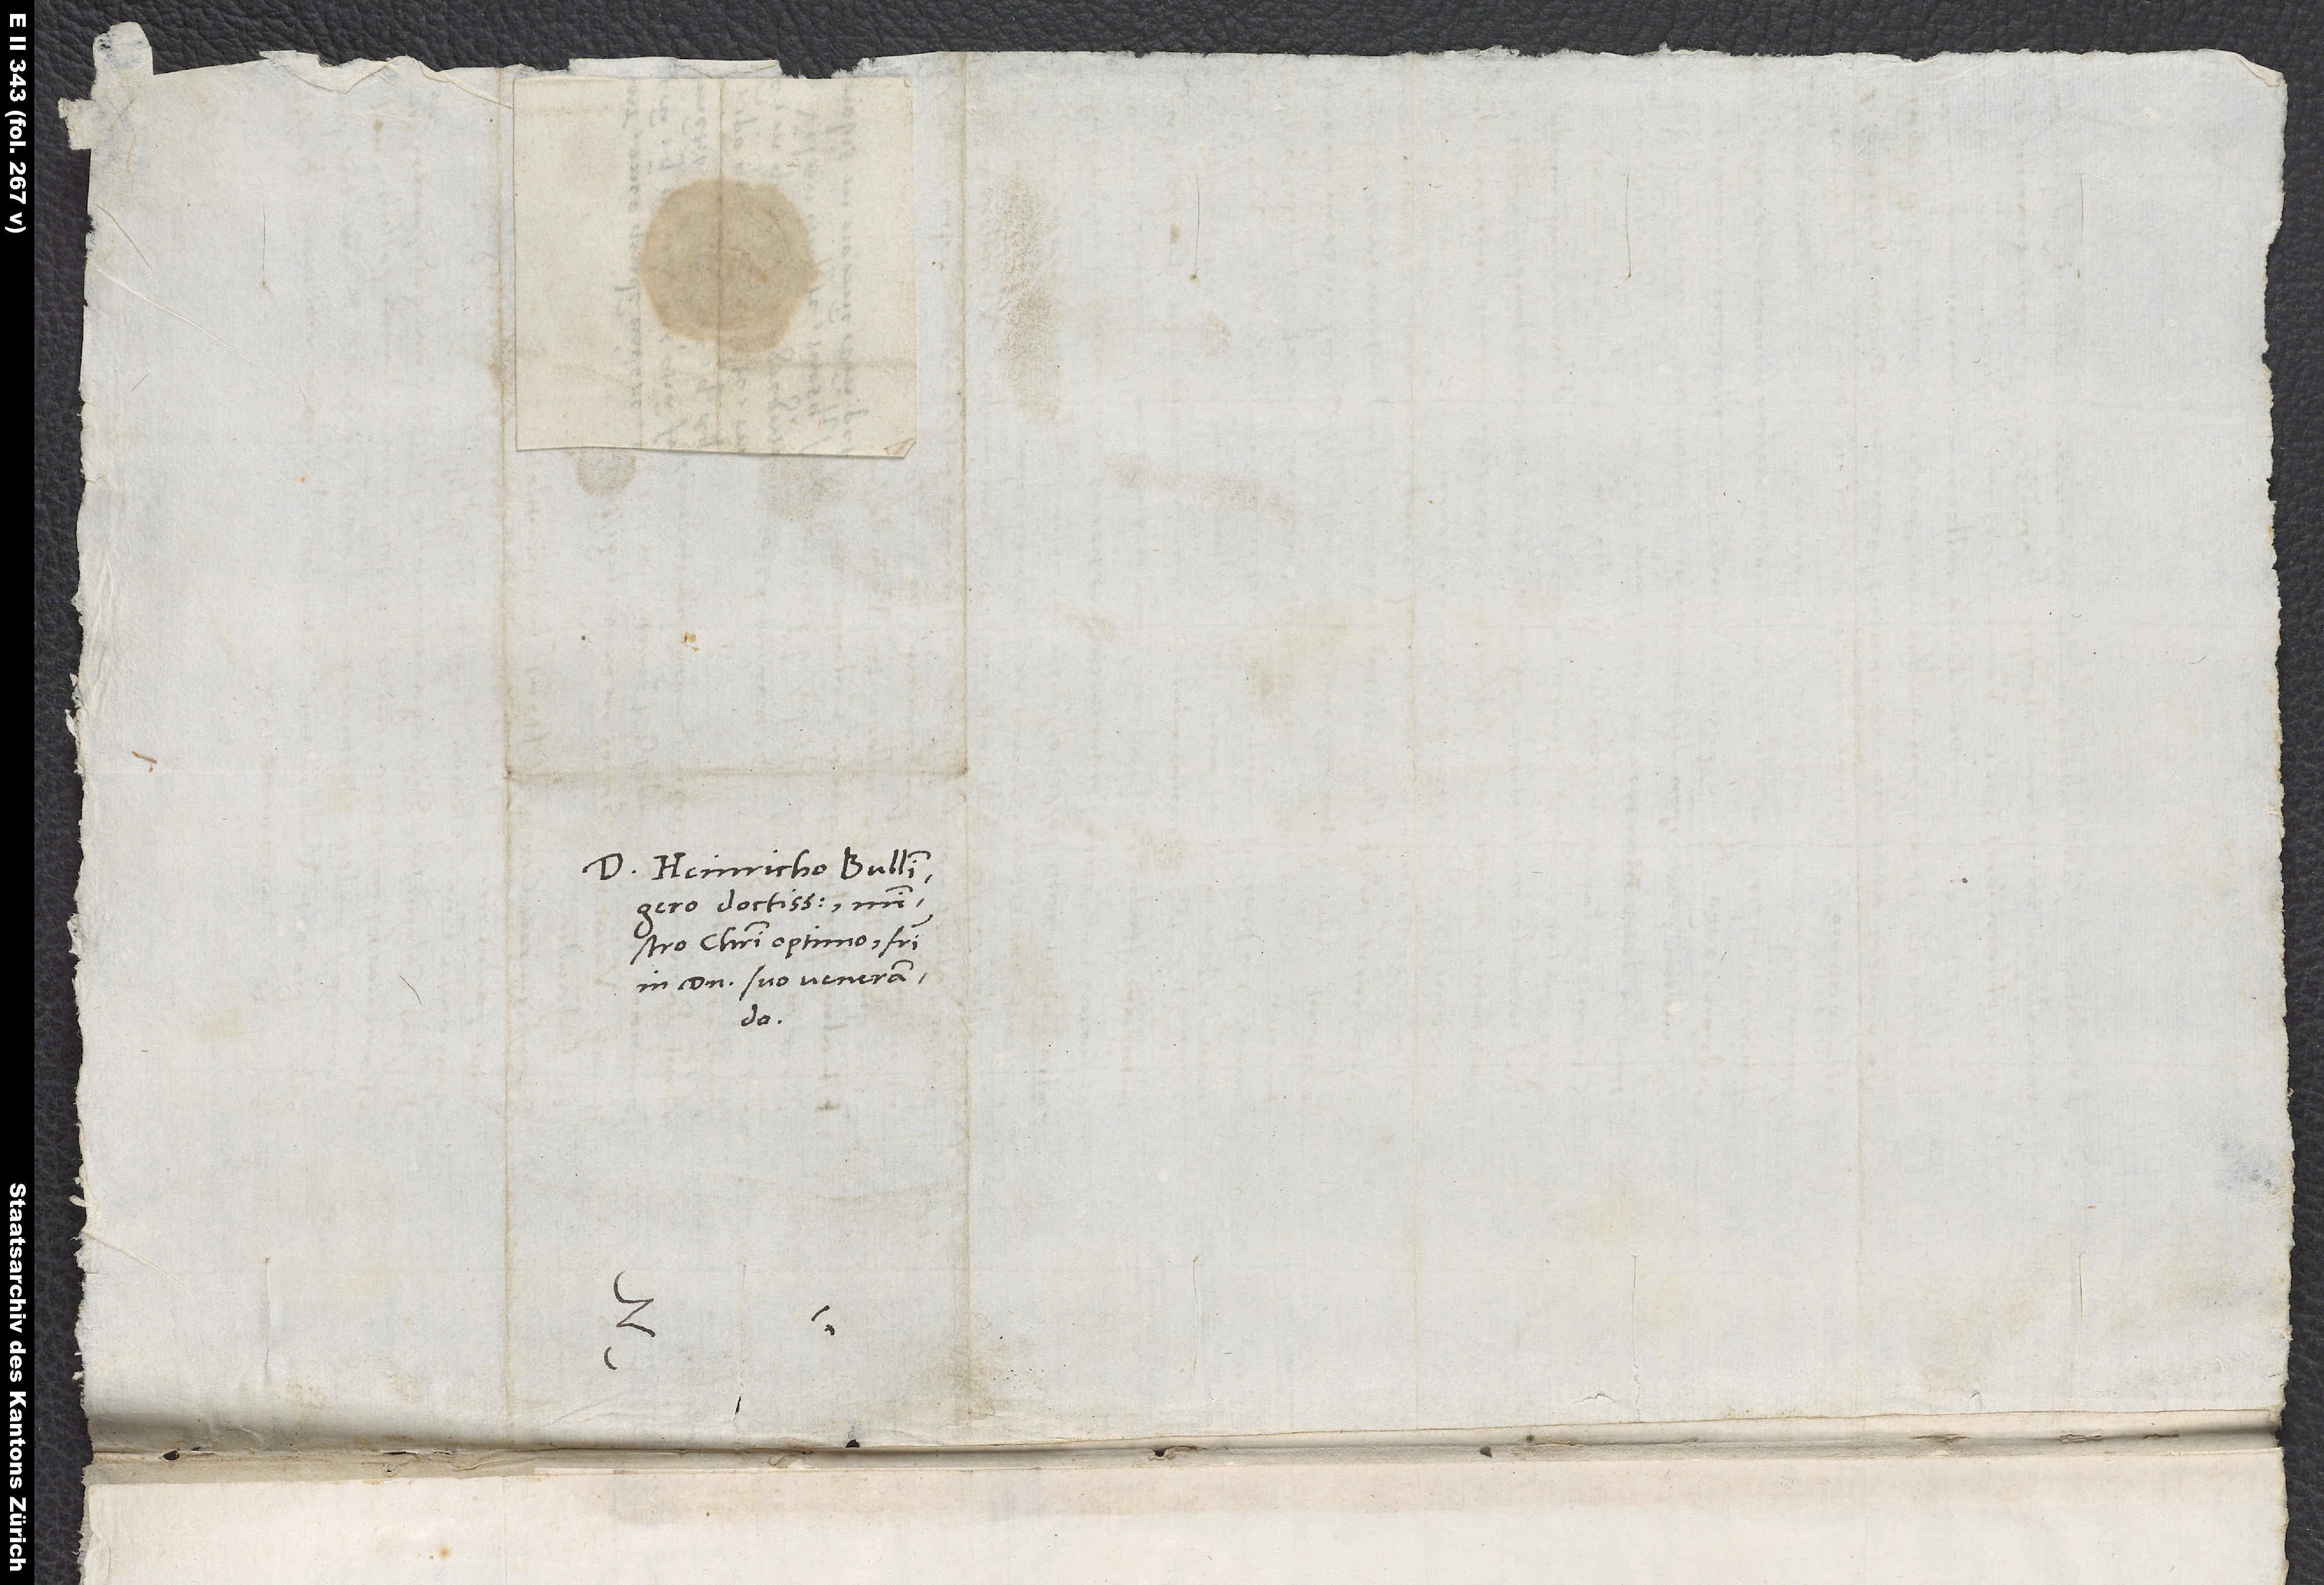
Heinricho Bullingero
doctissimo, ministro
Christi optimo, fratri
in domino suo venerando.